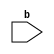
module test(input b);
  a ua(.BISTEA(b), .BISTEB(b));
endmodule // test

module a (input BISTEA, input BISTEB);
endmodule // a